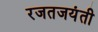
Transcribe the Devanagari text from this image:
रजतजयंती